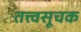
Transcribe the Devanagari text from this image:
तत्त्वसूचक